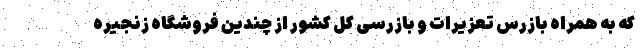
که به همراه بازرس تعزیرات و بازرسی کل کشور از چندین فروشگاه زنجیره